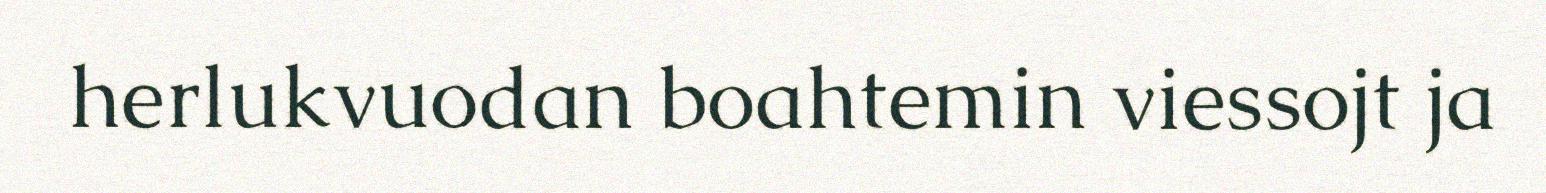
herlukvuodan boahtemin viessojt ja